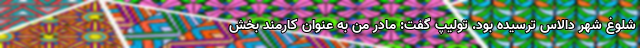
شلوغ شهر دالاس ترسیده بود. تولیپ گفت: مادر من به عنوان کارمند بخش